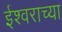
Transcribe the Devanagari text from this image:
ईश्‍वराच्या